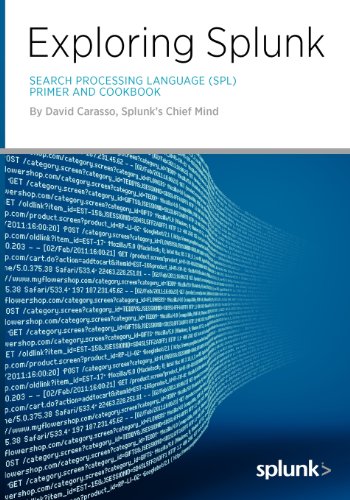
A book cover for Exploring Splunk; David Carasso; Computers & Technology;